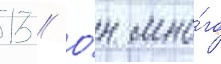
13 // О́н мно́го